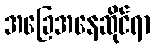
အခြေအနေဆိုင်ရာ